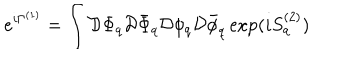
e ^ { i \Gamma ^ { ( 1 ) } } = \int { \cal D } \Phi _ { q } { \cal D } \bar { \Phi } _ { q } { \cal D } \phi _ { q } { \cal D } \bar { \phi } _ { q } \exp ( i S _ { q } ^ { ( 2 ) } )